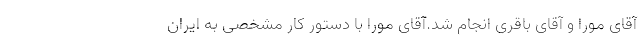
آقای مورا و آقای باقری انجام شد.آقای مورا با دستور کار مشخصی به ایران